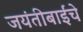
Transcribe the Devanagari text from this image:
जयंतीबाईंचे